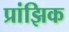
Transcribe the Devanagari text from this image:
प्रांझिक